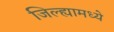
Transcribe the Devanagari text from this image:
जिल्‍ह्यामध्ये